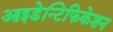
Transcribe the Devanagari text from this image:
आइडेन्टिफिकेशन